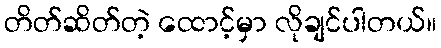
တိတ်ဆိတ်တဲ့ ထောင့်မှာ လိုချင်ပါတယ်။